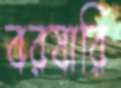
বরষারি